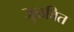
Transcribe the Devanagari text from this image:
जुळवित